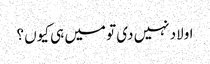
اولاد نہیں دی تو میں ہی کیوں ؟